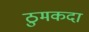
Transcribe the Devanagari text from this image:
ठुमकदा